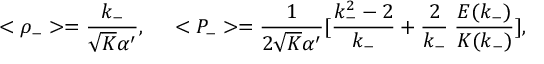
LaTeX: < \rho _ { - } > = \frac { k _ { - } } { \sqrt { K } \alpha ^ { \prime } } , \; \; \; \; \; < P _ { - } > = \frac { 1 } { 2 \sqrt { K } \alpha ^ { \prime } } [ \frac { k _ { - } ^ { 2 } - 2 } { k _ { - } } + \frac { 2 } { k _ { - } } \; \frac { E ( k _ { - } ) } { K ( k _ { - } ) } ] ,